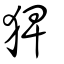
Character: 猈